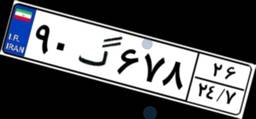
۳۶گ۱۶۹۸۰